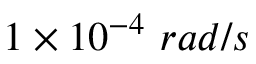
1 \times 1 0 ^ { - 4 } \ r a d / s